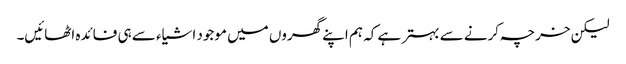
لیکن خرچہ کرنے سے بہتر ہے کہ ہم اپنے گھروں میں موجود اشیاء سے ہی فائدہ اٹھائیں۔